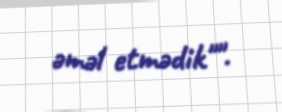
əməl etmədik"".